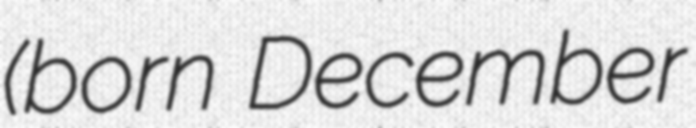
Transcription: (born December